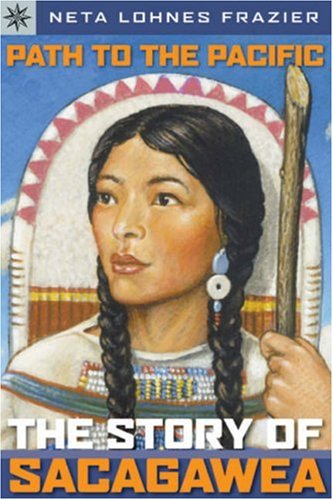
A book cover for Path to the Pacific: The Story of Sacagawea (Sterling Point Books); Neta Lohnes Frazier; Teen & Young Adult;